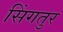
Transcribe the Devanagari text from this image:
सिंगतुर